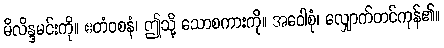
မိလိန္ဒမင်းကို။ ဧတံဝစနံ၊ ဤသို့ သောစကားကို။ အဝေါစုံ၊ လျှောက်တင်ကုန်၏။